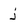
Character: j